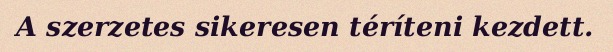
A szerzetes sikeresen téríteni kezdett.